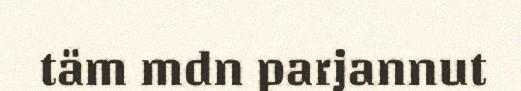
täm mdn parjannut